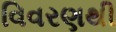
વિવરણથી